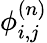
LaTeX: \phi_{i,j}^{(n)}